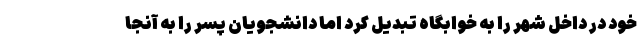
خود در داخل شهر را به خوابگاه تبدیل کرد اما دانشجویان پسر را به آنجا